Annual report of the Prince of Wales Medical College, Patna
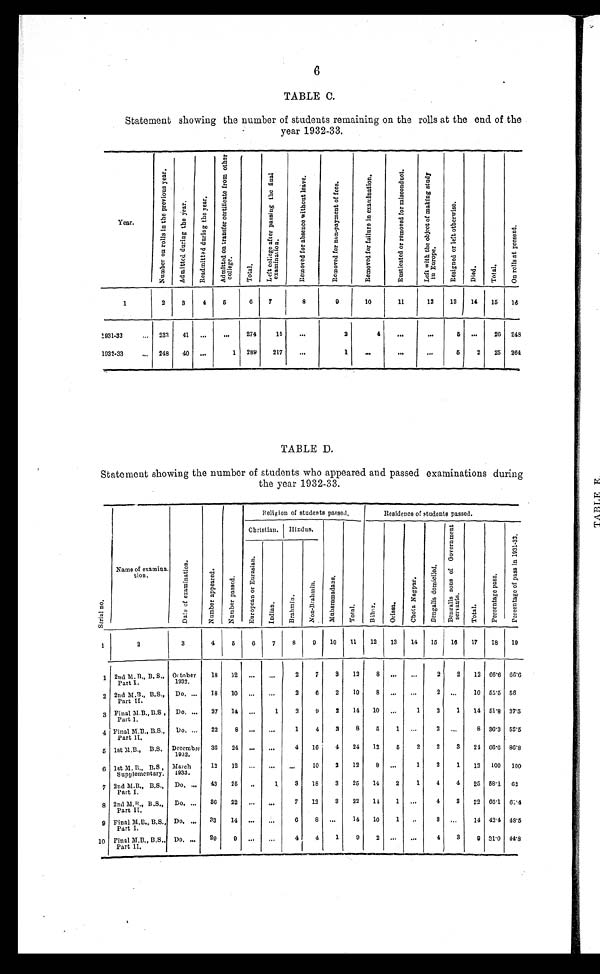
TABLE C.
Statement showing the number of students remaining on the rolls at the end of the
year 1932–33.
Year.
N u m b e r o n r o l l s i n t h e p r e v i o u s y e a r .
A d m i t t e d d u r i n g t h e y e a r .
R e a d m i t t e d d u r i n g t h e y e a r .
A d m i t t e d o n t r a n s f e r c e r t i f i c a t e f r o m o t h e r
col l ege.
T o t a l .
L e f t c o l l e g e a f t e r p a s s i n g t h e f i n a l
exami nat i on.
R e m o v e d f o r a b s e n c e w i t h o u t l e a v e .
R e m o v e d f o r n o n - p a y m e n t o f f e e s .
R e m o v e d f o r f a i l u r e i n e x a m i n a t i o n .
R u s t i c a t e d o r r e m o v e d f o r m i s c o n d u c t .
L e f t w i t h t h e o b j e c t o f m a k i n g s t u d y
i n Eu r o p e .
R e s i g n e d o r l e f t o t h e r w i s e .
D i e d .
T o t a l .
O n r o l l s a t p r e s e n t .
1
2
3
4
5
6
7
8
9
10
11
12
13
14
15
16
1931–32 ...
233
41
. . .
...
274
15
...
2
4
. . .
. . .
5
. . .
26 248
1932–33 ...
248
40
. . .
1 289
217
. . .
1
. . .
. . .
. . .
5
2
25 264
TABLE D.
Statement showing the number of students who appeared and passed examinations during
the year 1932–33.
Religion of students passed.
Residence of students passed.
S e r i a l n o .
Name of examina -
tion.
D a t e o f e x a m i n a t i o n .
N u m b e r a p p e a r e d .
N u m b e r p a s s e d .
Christian. Hindus.
M u h a m m a d a n s .
T o t a l .
B i h a r .
O r i s s a .
C h o l a N a g p u r .
B e n g a l i s d o m i c i l e d . B e n g a l i s s o n s o f G o v e r n m e n t
servants.
T o t a l .
P e r c e n t a g e p a s s .
P e r c e n t a g e o f p a s s i n 1 9 3 1 – 3 2 .
E u r o p e a n o r E u r a s i a n .
I n d i a n .
B r a h m i n .
N o n - B r a h m i n .
1
2
3
4
5
6
7
8
9
10
11
12
13
14
15
16
17
18
19
1 2nd M. B., B. S.,
Part I.
October
1932.
18
12 ...
. . .
2
7
3
13
8
. . .
...
2
2
12 66.6 6 6 . 6
2 2nd M.B., B.S.,
Part II.
Do. ...
18
10
. . .
. . .
2
6
2
10
8
. . .
. . .
2
. . . 10 55.5 56
3 Final M.B., B.S
, Part I.
Do. ...
27
14 ...
1
2
9
2
14
10 ...
1
2
1
14 51.8 37.5
4 Final M.B., B.S.,
Part II.
Do. ...
22
8 ...
...
1
4
3
8
5
1 ...
2
. . . 8 36.3 53.5
5 1st M.B., B.S. December
1932.
36
24 ...
...
4
16
4
24
12
5
2
2
3
24 66.6 86.8
6 1st M.B., B.S
, Supplementary.
March
1933.
12
12 ...
. . . ...
10
2
12
8 ...
1
2
1
12 100 1 0 0
7 2nd M.B., B.S.,
Part I.
Do. ... 43
25 ..
1
3
18
3
25
14
2
1
4
4
25
5 8 . 1 6 2
8 2nd M.B., B.S.,
Part II.
Do. ... 36
22
. . .
. . .
7
12
3
22
14
1 ...
4
3
22
6 6 . 1 6 1 . 4
9 Final M.B., B.S.,
Part I.
Do. ...
33
14 ...
. . .
6
8 ...
14
10
1
..
3 ...
14 43.4 48.5
10 Final M.B., B.S.,
Part II.
Do. ... 29
9 ...
...
4
4
1
9
2 ...
...
4
3
9
3 1 . 0 4 4 . 8